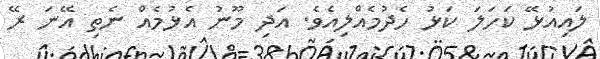
ލައިއުޅޭ ކަހަލަ ކަޅު ހެދުމެއްލިއެވެ. އަދި މޫނު އެޅުމެއް ނެތި އޭނަ ރޭ